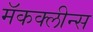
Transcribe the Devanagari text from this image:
मॅकक्लीन्स